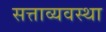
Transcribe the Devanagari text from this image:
सत्ताव्यवस्था